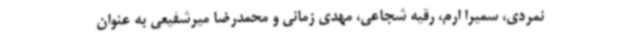
نمردی، سمیرا ارم، رقیه شجاعی، مهدی زمانی و محمدرضا میرشفیعی به عنوان